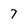
Character: 7